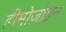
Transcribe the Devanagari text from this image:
हीमोज़ोइन